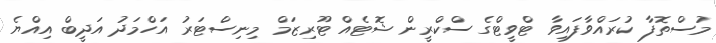
މުސްތޮފާ ކުރައްވާފައިވާ ޓްވީޓްގެ ސްކްރީން ޝޮޓެއް ޓޫރިޒަމް މިނިސްޓަރު އަހްމަދު އަދީބް އިއްޔެ